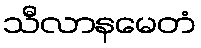
သီလာနမေတံ